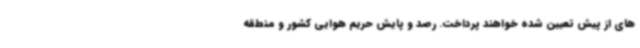
های از پیش تعیین شده خواهند پرداخت. رصد و پایش حریم هوایی کشور و منطقه